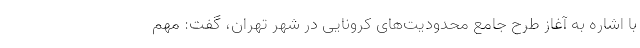
با اشاره به آغاز طرح جامع محدودیت‌های کرونایی در شهر تهران، گفت: مهم